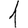
Digit: 1